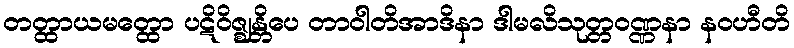
တတ္ထာယမတ္ထော ပဋိဝိဇ္ဈန္တိပေ တာဝါတိအာဒိနာ ဒါမလိသုတ္တဝဏ္ဏနာ နဝဟီတိ